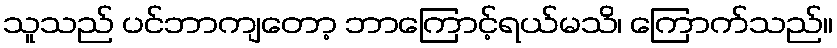
သူသည် ပင်ဘာကျတော့ ဘာကြောင့်ရယ်မသိ၊ ကြောက်သည်။